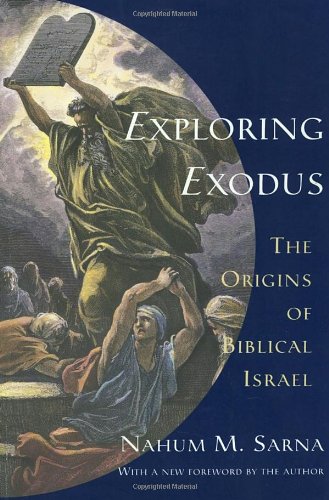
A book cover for Exploring Exodus: The Origins of Biblical Israel; Nahum M. Sarna; Religion & Spirituality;